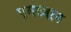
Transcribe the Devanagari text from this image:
एमाज़ान